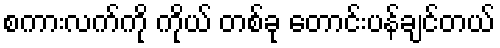
စကားလက်ကို ကိုယ် တစ်ခု တောင်းပန်ချင်တယ်